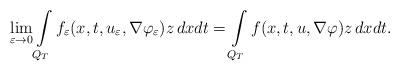
LaTeX: \begin{align*} \lim\limits_{\varepsilon\to 0}\int\limits_{Q_T}f_\varepsilon(x,t,u_\varepsilon,\nabla\varphi_\varepsilon)z\,dxdt=\int\limits_{Q_T}f(x,t,u,\nabla\varphi)z\,dxdt. \end{align*}